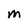
Character: M